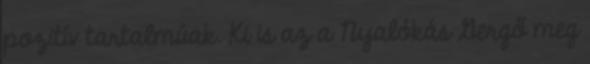
pozitív tartalmúak. Ki is az a Nyalókás Gergő meg